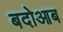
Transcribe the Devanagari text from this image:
बदोआब